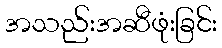
အသည်းအဆီဖုံးခြင်း